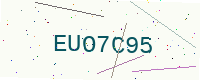
Text: EUO7C95